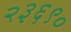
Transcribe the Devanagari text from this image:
२३६९०